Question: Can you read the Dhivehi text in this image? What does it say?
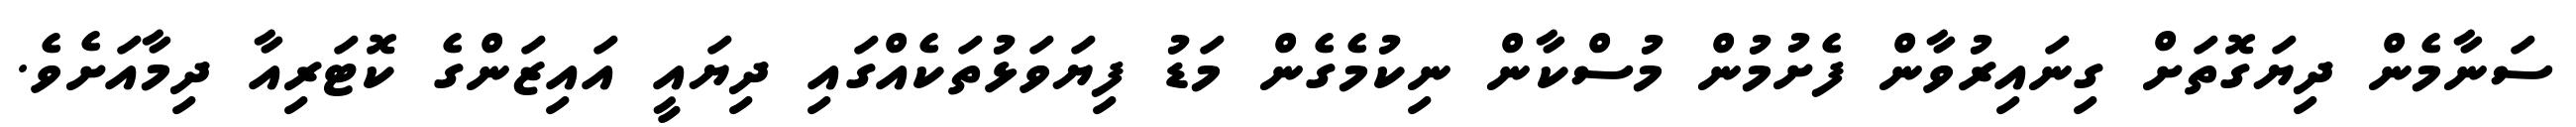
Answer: ސަނާމެން ދިޔަގޮތަށް ގިނައިރުވާން ފެށުމުން މުސްކާން ނިކުމެގެން މަޑު ފިޔަވަޅުތަކެއްގައި ދިޔައީ އައިޒަންގެ ކޮޓަރިއާ ދިމާއަށެވެ.